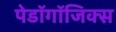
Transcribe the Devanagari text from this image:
पेडॉगॉजिक्स